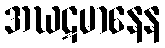
အဃဋမာနေန